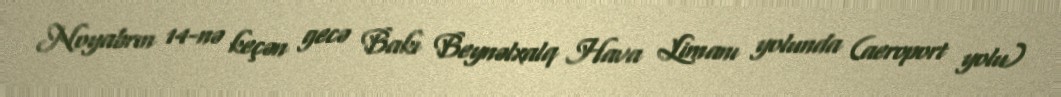
Noyabrın 14-nə keçən gecə Bakı Beynəlxalq Hava Limanı yolunda (aeroport yolu)